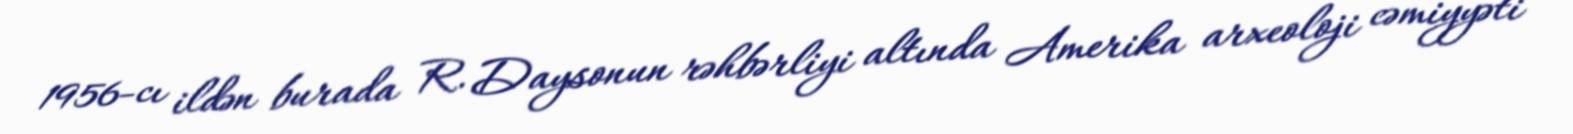
1956-cı ildən burada R. Daysonun rəhbərliyi altında Amerika arxeoloji cəmiyyəti